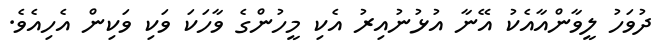
ދުވަހު ލީވާންއާއެކު އޭނާ އުޅުނުއިރު އެކި މީހުންގެ ވާހަކަ ވަކި ވަކިން އެހިއެވެ.